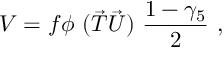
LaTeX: V = f \phi ~ ( \vec { T } \vec { U } ) ~ \frac { 1 - \gamma _ { 5 } } { 2 } ~ ,